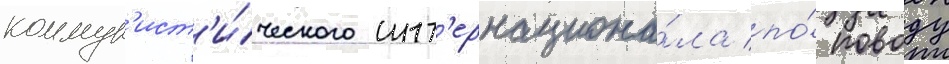
коммун'ист'и́ческого инт'ернациона́ла по́ поводу